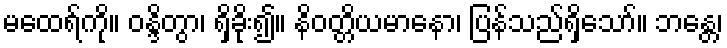
မထေရ်ကို။ ဝန္ဒိတွာ၊ ရှိခိုး၍။ နိဝတ္တိယမာနော၊ ပြန်သည်ရှိသော်။ ဘန္တေ၊